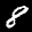
Label: 8